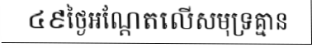
៤៩ថ្ងៃអណ្តែតលើសមុទ្រគ្មាន